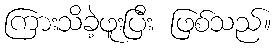
ကြားသိခဲ့ဖူးပြီး ဖြစ်သည်။